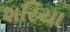
શરિયા